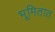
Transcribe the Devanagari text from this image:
भूमितात